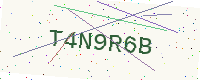
Text: T4N9R6B